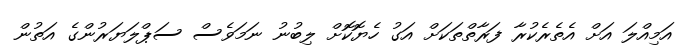
އަމިއްލަ އަށް އެތެރެކުރާ ފަރާތްތަކަށް އަގު ހެޔޮކޮށް ލިބުނު ނަމަވެސް ސަޕްލަޔަރުންގެ އަތުން